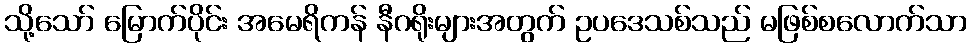
သို့သော် မြောက်ပိုင်း အမေရိကန် နီဂရိုးများအတွက် ဥပဒေသစ်သည် မဖြစ်စလောက်သာ